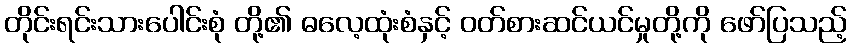
တိုင်းရင်းသားပေါင်းစုံ တို့၏ ဓလေ့ထုံးစံနှင့် ဝတ်စားဆင်ယင်မှုတို့ကို ဖော်ပြသည့်